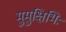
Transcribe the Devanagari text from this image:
मुमुक्षिभिः